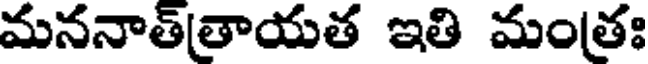
మననాత్తాయత ఇతి మంతః